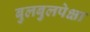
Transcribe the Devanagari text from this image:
बुलबुलपेक्षा